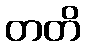
တတိ